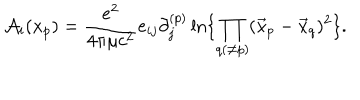
{ \cal A } _ { i } ( x _ { p } ) = { \frac { e ^ { 2 } } { 4 \pi \mu c ^ { 2 } } } e _ { i j } \partial _ { j } ^ { ( p ) } \ln \{ \prod _ { q ( \ne p ) } ( \vec { x } _ { p } - \vec { x } _ { q } ) ^ { 2 } \} .